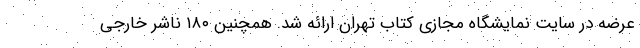
عرضه در سایت نمایشگاه مجازی کتاب تهران ارائه شد. همچنین ۱۸۰ ناشر خارجی